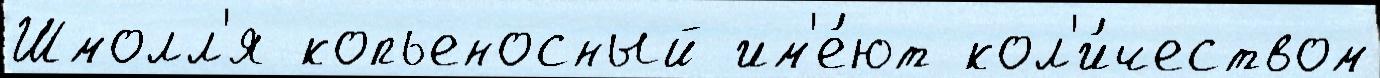
Шмолл'я копьеносный им'е́ют кол'и́чеством